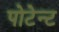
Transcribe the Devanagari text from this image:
पोटेन्ट